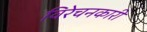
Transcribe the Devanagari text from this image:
विरेचनकारी